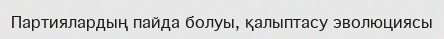
Партиялардың пайда болуы, қалыптасу эволюциясы